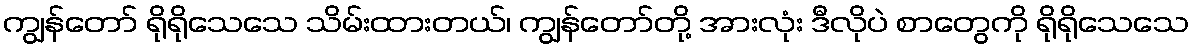
ကျွန်တော် ရိုရိုသေသေ သိမ်းထားတယ်၊ ကျွန်တော်တို့ အားလုံး ဒီလိုပဲ စာတွေကို ရိုရိုသေသေ